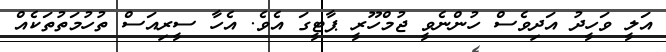
އަލީ ވަހީދު އަދިވެސް ހުންނެވީ ޖުމްހޫރީ ޕާޓީގަ އެވެ. އެހާ ސީރިއަސް ތުހުމަތުތަކެއް